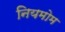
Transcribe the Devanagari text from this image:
नियमोम